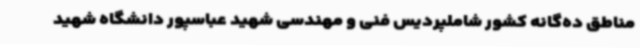
مناطق ده‌گانه کشور شاملپردیس فنی و مهندسی شهید عباسپور دانشگاه شهید